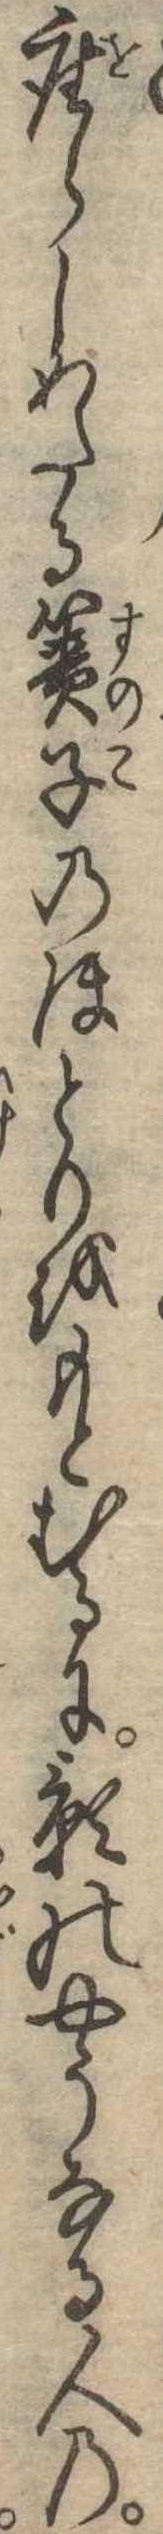
座らしめたる簀子のほとりをもとむるに影のやうなる人の